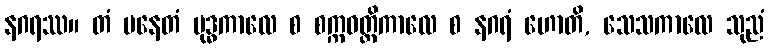
နဂရဿ။ တံ ပနေတံ ဗုဒ္ဓကာလေ စ စက္ကဝတ္တိကာလေ စ နဂရံ ဟောတိ, သေသကာလေ သုညံ